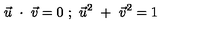
\vec { u } \ \cdot \ \vec { v } = 0 \ ; \ \vec { u } ^ { 2 } \ + \ \vec { v } ^ { 2 } = 1 \